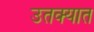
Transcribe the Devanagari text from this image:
उतक्यात